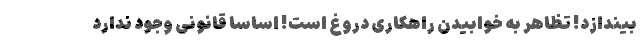
بیندازد! تظاهر به خوابیدن راهکاری دروغ است! اساسا قانونی وجود ندارد